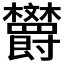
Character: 𪴦